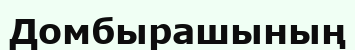
Домбырашының